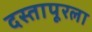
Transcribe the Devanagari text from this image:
दस्तापूरला